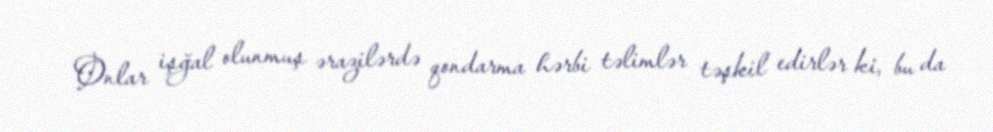
Onlar işğal olunmuş ərazilərdə qondarma hərbi təlimlər təşkil edirlər ki, bu da